Mental hospitals Bombay report 1921-28 - 1921-1928
Year: 1921
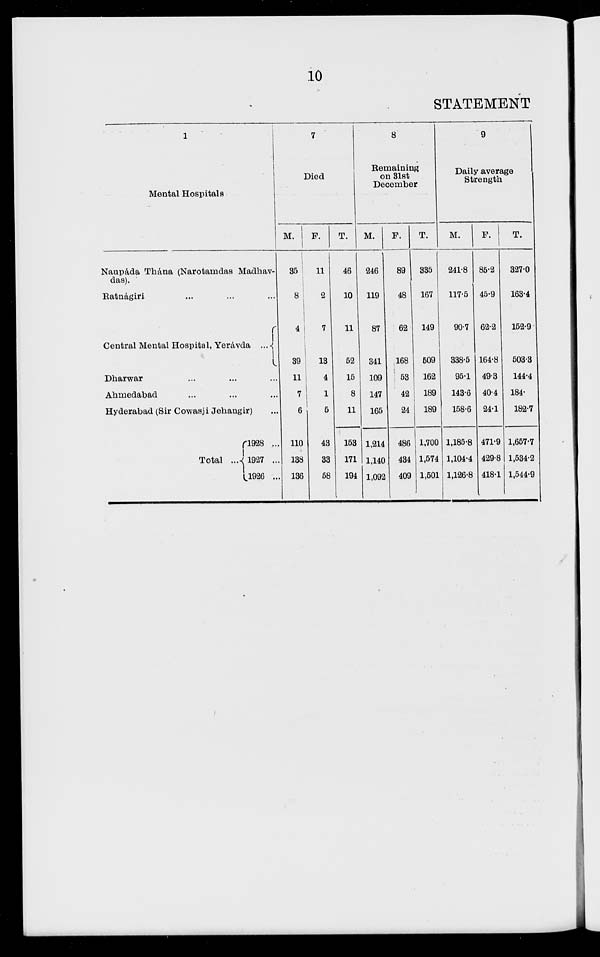
10
STATEMENT
1
Mental Hospitals
Naupáda Thana (Narotarndas Madhav¬
das).
Ratnágiri ... ... ...
Central Mental Hospital, Yerávda ...
Dharwar ... ... ...
Ahmedabad ... ... ...
Hyderabad (Sir Cowasji Jehangir) ...
Total ...
l928 ...
1927 ...
1926 ...
7
Died
M.
35
8
4
39
11
7
6
110
138
136
F.
11
2
7
13
4
1
5
43
33
58
T.
46
10
11
52
15
8
11
153
171
194
8
Remaining
on 31st
December
M.
246
119
87
341
109
147
165
1,214
1,140
1,092
F.
89
48
62
168
53
42
24
486
434
409
T.
335
167
149
509
162
189
189
1,700
1,574
1,501
9
Daily average
Strength
M.
241.8
117.5
90.7
338.5
95.1
143.6
158.6
1,185.8
1,104.4
1,126.8
F.
85.2
45.9
62.2
164.8
49.3
40.4
24.1
471.9
429.8
418.1
T.
327.0
163.4
152.9
503.3
144.4
184.
182.7
1,657.7
1,534.2
1,544.9